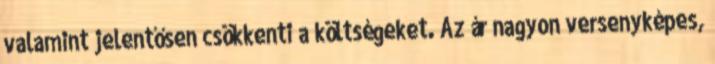
valamint jelentősen csökkenti a költségeket. Az ár nagyon versenyképes,